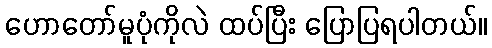
ဟောတော်မူပုံကိုလဲ ထပ်ပြီး ပြောပြရပါတယ်။